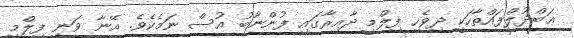
ޢަބްދުލްފައްތާހަކީ ދިވެހި ފިލްމީ ދާއިރާގައި ފުންނާބު އުސް ނަމެކެވެ. އޭނާ ވަނީ ފިލްމީ